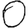
Digit: 0